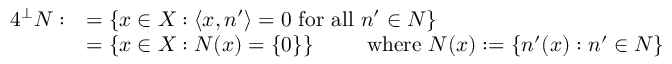
{ \begin{array} { r l } { { 4 } ^ { \bot } N : } & { = \left\{ x \in X : \left\langle x , n ^ { \prime } \right\rangle = 0 { \mathrm { ~ f o r ~ a l l ~ } } n ^ { \prime } \in N \right\} } \\ & { = \left\{ x \in X : N ( x ) = \{ 0 \} \right\} \qquad { \mathrm { ~ w h e r e ~ } } N ( x ) : = \left\{ n ^ { \prime } ( x ) : n ^ { \prime } \in N \right\} } \end{array} }